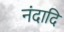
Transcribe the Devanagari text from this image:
नंदादि